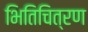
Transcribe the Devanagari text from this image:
भितिचित्रण